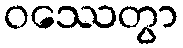
ဝဿေတွာ